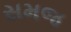
સમજ